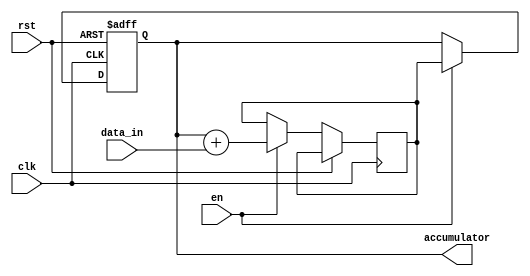
module accumulator (
    input wire clk,
    input wire rst,
    input wire en,
    input wire [7:0] data_in,
    output reg [15:0] accumulator
    );

    reg [15:0] temp_adder_out;

    always @ (posedge clk or posedge rst) begin
        if (rst) begin
            accumulator <= 16'b0;
        end else begin
            if (en) begin
                temp_adder_out <= accumulator + data_in;
                accumulator <= temp_adder_out;
            end
        end
    end

endmodule